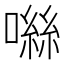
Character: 噝